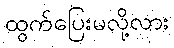
ထွက်ပြေးမလို့လား